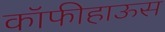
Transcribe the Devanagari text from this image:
कॉफीहाऊस